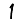
Digit: 1